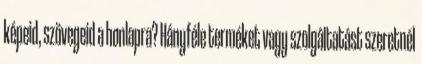
képeid, szövegeid a honlapra? Hányféle terméket vagy szolgáltatást szeretnél